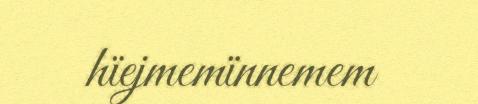
hïejmemïnnemem